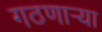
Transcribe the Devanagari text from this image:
गठणार्‍या